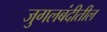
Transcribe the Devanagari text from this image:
जुगलबंदीतील